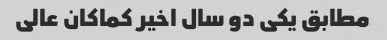
مطابق یکی دو سال اخیر کماکان عالی